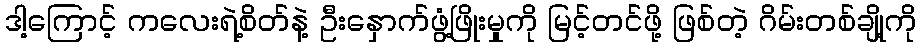
ဒါ့ကြောင့် ကလေးရဲ့စိတ်နဲ့ ဦးနှောက်ဖွံ့ဖြိုးမှုကို မြင့်တင်ဖို့ ဖြစ်တဲ့ ဂိမ်းတစ်ချို့ကို